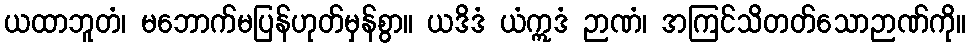
ယထာဘူတံ၊ မဘောက်မပြန်ဟုတ်မှန်စွာ။ ယဒိဒံ ယံဣဒံ ဉာဏံ၊ အကြင်သိတတ်သောဉာဏ်ကို။